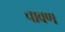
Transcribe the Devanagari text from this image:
चावण